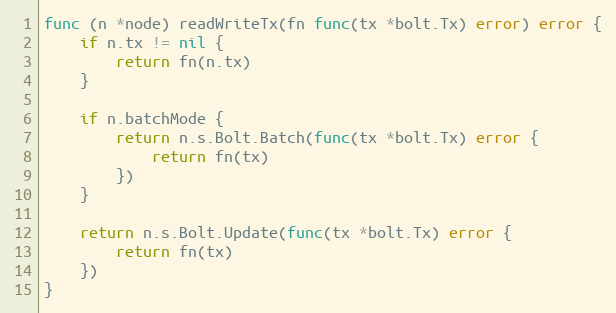
Language: Go
func (n *node) readWriteTx(fn func(tx *bolt.Tx) error) error {
	if n.tx != nil {
		return fn(n.tx)
	}

	if n.batchMode {
		return n.s.Bolt.Batch(func(tx *bolt.Tx) error {
			return fn(tx)
		})
	}

	return n.s.Bolt.Update(func(tx *bolt.Tx) error {
		return fn(tx)
	})
}